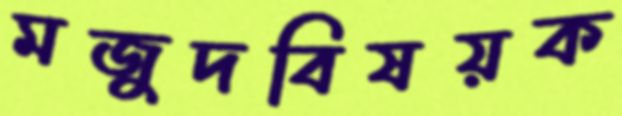
মজুদবিষয়ক